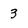
Character: 3